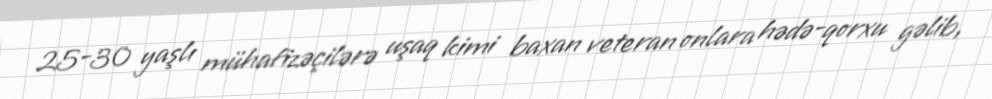
25-30 yaşlı mühafizəçilərə uşaq kimi baxan veteran onlara hədə-qorxu gəlib,